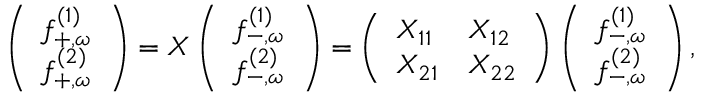
\begin{array} { r } { \left( \begin{array} { l } { f _ { + , \omega } ^ { ( 1 ) } } \\ { f _ { + , \omega } ^ { ( 2 ) } } \end{array} \right) = X \left( \begin{array} { l } { f _ { - , \omega } ^ { ( 1 ) } } \\ { f _ { - , \omega } ^ { ( 2 ) } } \end{array} \right) = \left( \begin{array} { l l } { X _ { 1 1 } } & { X _ { 1 2 } } \\ { X _ { 2 1 } } & { X _ { 2 2 } } \end{array} \right) \left( \begin{array} { l } { f _ { - , \omega } ^ { ( 1 ) } } \\ { f _ { - , \omega } ^ { ( 2 ) } } \end{array} \right) , } \end{array}